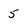
Character: 5